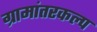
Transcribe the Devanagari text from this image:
ग्रामांतरकल्प